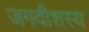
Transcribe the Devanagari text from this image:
जगदीशस्य